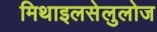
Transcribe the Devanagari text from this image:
मिथाइलसेलुलोज